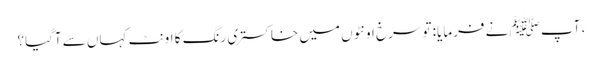
، آپ ﷺ نے فرمایا: تو سرخ اونٹوں میں خاکستری رنگ کا اونٹ کہاں سے آگیا؟